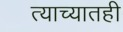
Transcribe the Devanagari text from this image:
त्याच्यातही